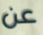
عن